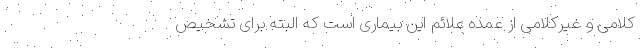
کلامی و غیرکلامی از عمده علائم این بیماری است که البته برای تشخیص